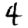
Digit: 4